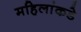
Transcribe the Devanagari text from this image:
महिलांकडे